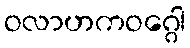
ဝလာဟကဝဂ္ဂေါ